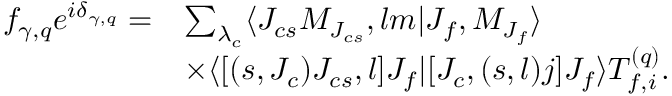
\begin{array} { r l } { f _ { \gamma , q } e ^ { i \delta _ { \gamma , q } } = } & { \sum _ { \lambda _ { c } } \langle J _ { c s } M _ { J _ { c s } } , l m | J _ { f } , M _ { J _ { f } } \rangle } \\ & { \times \langle [ ( s , J _ { c } ) J _ { c s } , l ] J _ { f } | [ J _ { c } , ( s , l ) j ] J _ { f } \rangle T _ { f , i } ^ { ( q ) } . } \end{array}